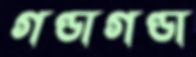
গণ্ডাগণ্ডা